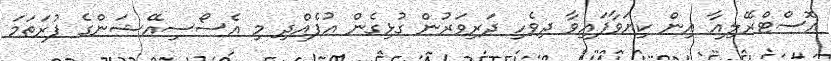
އޮސްޓްރޭލިއާ އިން ކިޔަވާފައިވާ ދިވެހި ދަރިވަރުން ގުޅިގެން އުފެއްދި މި އެސޯސިއޭޝަންގެ ފުރަތަމަ